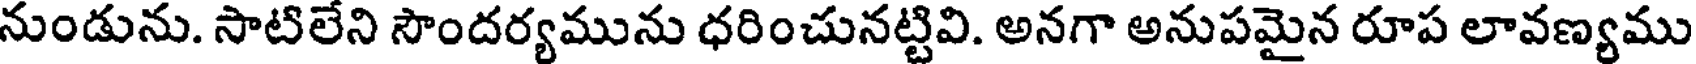
నుండును. సాటిలేని సౌందర్యమును ధరించునట్టివి. అనగా అనుపమైన రూప లావణ్యము